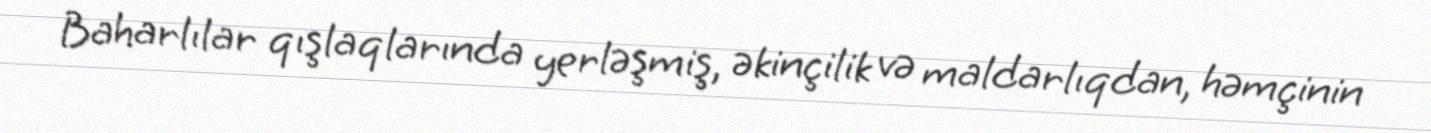
Baharlılar qışlaqlarında yerləşmiş, əkinçilik və maldarlıqdan, həmçinin